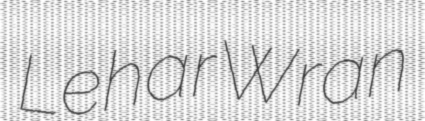
Lehar Wran